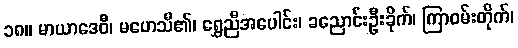
၁၈။ မာယာဒေဝီ၊ မဟေသီ၏၊ ရွှေညီအပေါင်း၊ ခညောင်းဦးခိုက်၊ ကြာဝမ်းတိုက်၊